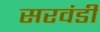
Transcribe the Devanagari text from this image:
सरवंडी